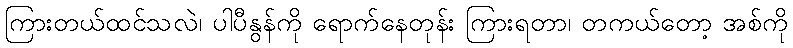
ကြားတယ်ထင်သလဲ၊ ပါပီနွန်ကို ရောက်နေတုန်း ကြားရတာ၊ တကယ်တော့ အစ်ကို